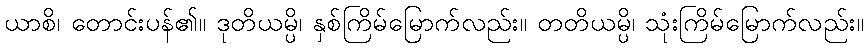
ယာစိ၊ တောင်းပန်၏။ ဒုတိယမ္ပိ၊ နှစ်ကြိမ်မြောက်လည်း။ တတိယမ္ပိ၊ သုံးကြိမ်မြောက်လည်း။